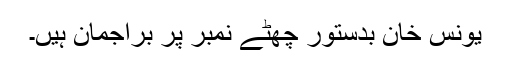
یونس خان بدستور چھٹے نمبر پر براجمان ہیں۔